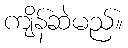
ကျိန်ဆဲမည်။